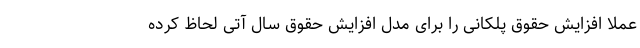
عملاً افزایش حقوق پلکانی را برای مدل افزایش حقوق سال آتی لحاظ کرده